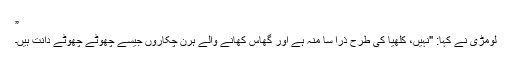
”
لومڑی نے کہا: "نہیں، کلھیا کی طرح ذرا سا منہ ہے اور گھاس کھانے والے ہرن چکاروں جیسے چھوٹے چھوٹے دانت ہیں۔